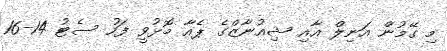
މި ގޭމުން އަނިލް އާއި ޝިއުނާޒްގެ ޕެއާ މޮޅުވީ ފަހު ސެޓު 14-16